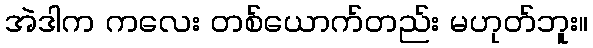
အဲဒါက ကလေး တစ်ယောက်တည်း မဟုတ်ဘူး။